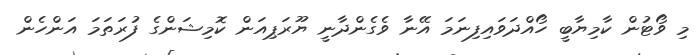
މި ވޯޓުން ކާމިޔާބީ ހޯއްދަވައިފިނަމަ އޭޭނާ ވެގެންދާނީ ޔޫރަޕިއަން ކޮމިޝަންގެ ފުރަތަމަ އަންހެން